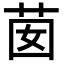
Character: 𦮗